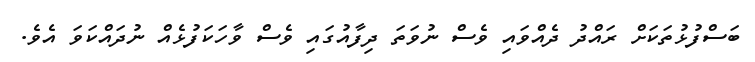
ބަސްފުޅުތަކަށް ރައްދު ދެއްވައި ވެސް ނުވަތަ ދިފާއުގައި ވެސް ވާހަކަފުޅެއް ނުދައްކަވަ އެވެ.